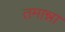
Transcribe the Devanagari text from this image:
तमान्ना